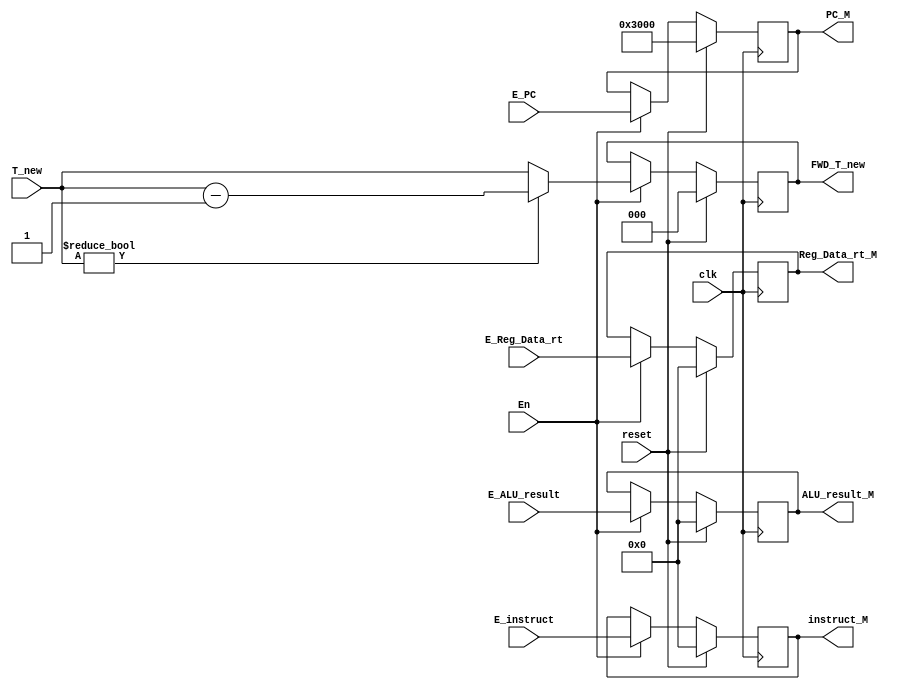
`timescale 1ns / 1ps
//////////////////////////////////////////////////////////////////////////////////
// Company: 
// Engineer: 
// 
// Design Name: 
// Module Name:    EX_MEM 
// Project Name: 
// Target Devices: 
// Tool versions: 
// Description: 
//
// Dependencies: 
//
// Revision: 
// Revision 0.01 - File Created
// Additional Comments: 
//
//////////////////////////////////////////////////////////////////////////////////
module EX_MEM(
    input [31:0] E_PC,
    input [31:0] E_instruct,
    input [31:0] E_ALU_result,
    input [31:0] E_Reg_Data_rt,
    
    input [2:0]  T_new,
    
    input En,
    input clk,
    input reset,
    
    output reg [31:0] PC_M,
    output reg [31:0] instruct_M,
    output reg [31:0] ALU_result_M,
    output reg [31:0] Reg_Data_rt_M,
    
    output reg [2:0]  FWD_T_new
    );

    always @(posedge clk) begin
        if(reset) begin
            PC_M <= 32'h0000_3000;
            instruct_M <= 32'h0000_0000;
            ALU_result_M <= 32'h0000_0000;
            Reg_Data_rt_M <= 32'h0000_0000;

            FWD_T_new <= 3'h0;
        end
        else begin
            if(En) begin
                PC_M <= E_PC;
                instruct_M <= E_instruct;
                ALU_result_M <= E_ALU_result;
                Reg_Data_rt_M <= E_Reg_Data_rt;
                
                if(T_new != 3'h0)
                    FWD_T_new <= T_new - 3'h1;
                else
                    FWD_T_new <= T_new;
            end
            else begin
                PC_M <= PC_M;
                instruct_M <= instruct_M;
                ALU_result_M <= ALU_result_M;
                Reg_Data_rt_M <= Reg_Data_rt_M;
                
                FWD_T_new <= FWD_T_new;
            end
        end
    end


endmodule